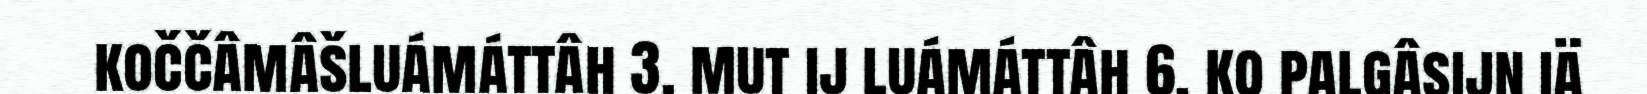
koččâmâšluámáttâh 3, mut ij luámáttâh 6, ko palgâsijn iä